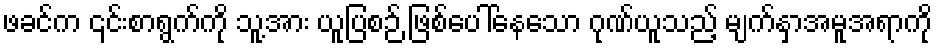
ဖခင်က ၎င်းစာရွက်ကို သူ့အား ယူပြစဉ် ဖြစ်ပေါ်နေသော ဂုဏ်ယူသည့် မျက်နှာအမူအရာကို